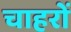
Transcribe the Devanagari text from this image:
चाहरों